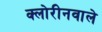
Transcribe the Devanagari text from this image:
क्लोरीनवाले